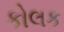
કોલક